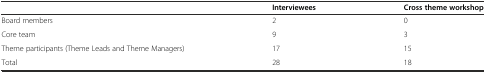
|  | Interviewees | Cross theme workshop |
 | --- | --- | --- |
 | Board members | 2 | 0 |
 | Core team | 9 | 3 |
 | Theme participants (Theme Leads and Theme Managers) | 17 | 15 |
 | Total | 28 | 18 |